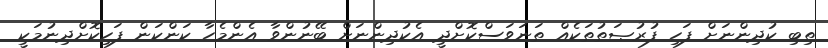
ތިބި ކުދިންނަށް ފަހި ފުރުޞަތުތަކެއް ތަނަވަސްކޮށްދީ އެކުދިންނަށް ބޭނުންވާ އެންމެހާ ކަންކަން ފަހިކޮށްދިނުމަކީ